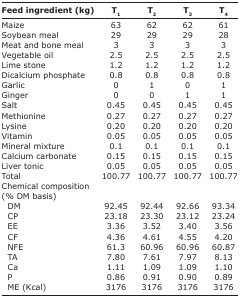
<table><thead><tr><td><b>Feed ingredient (kg)</b></td><td><b>T<sub>1</sub></b></td><td><b>T<sub>2</sub></b></td><td><b>T<sub>3</sub></b></td><td><b>T<sub>4</sub></b></td></tr></thead><tbody><tr><td>Maize</td><td>63</td><td>62</td><td>62</td><td>61</td></tr><tr><td>Soybean meal</td><td>29</td><td>29</td><td>29</td><td>28</td></tr><tr><td>Meat and bone meal</td><td>3</td><td>3</td><td>3</td><td>3</td></tr><tr><td>Vegetable oil</td><td>2.5</td><td>2.5</td><td>2.5</td><td>2.5</td></tr><tr><td>Lime stone</td><td>1.2</td><td>1.2</td><td>1.2</td><td>1.2</td></tr><tr><td>Dicalcium phosphate</td><td>0.8</td><td>0.8</td><td>0.8</td><td>0.8</td></tr><tr><td>Garlic</td><td>0</td><td>1</td><td>0</td><td>1</td></tr><tr><td>Ginger</td><td>0</td><td>0</td><td>1</td><td>1</td></tr><tr><td>Salt</td><td>0.45</td><td>0.45</td><td>0.45</td><td>0.45</td></tr><tr><td>Methionine</td><td>0.27</td><td>0.27</td><td>0.27</td><td>0.27</td></tr><tr><td>Lysine</td><td>0.20</td><td>0.20</td><td>0.20</td><td>0.20</td></tr><tr><td>Vitamin</td><td>0.05</td><td>0.05</td><td>0.05</td><td>0.05</td></tr><tr><td>Mineral mixture</td><td>0.1</td><td>0.1</td><td>0.1</td><td>0.1</td></tr><tr><td>Calcium carbonate</td><td>0.15</td><td>0.15</td><td>0.15</td><td>0.15</td></tr><tr><td>Liver tonic</td><td>0.05</td><td>0.05</td><td>0.05</td><td>0.05</td></tr><tr><td>Total</td><td>100.77</td><td>100.77</td><td>100.77</td><td>100.77</td></tr><tr><td>Chemical composition (% DM basis)</td><td></td><td></td><td></td><td></td></tr><tr><td> DM</td><td>92.45</td><td>92.44</td><td>92.66</td><td>93.34</td></tr><tr><td> CP</td><td>23.18</td><td>23.30</td><td>23.12</td><td>23.24</td></tr><tr><td> EE</td><td>3.36</td><td>3.52</td><td>3.40</td><td>3.56</td></tr><tr><td> CF</td><td>4.36</td><td>4.61</td><td>4.55</td><td>4.20</td></tr><tr><td> NFE</td><td>61.3</td><td>60.96</td><td>60.96</td><td>60.87</td></tr><tr><td> TA</td><td>7.80</td><td>7.61</td><td>7.97</td><td>8.13</td></tr><tr><td> Ca</td><td>1.11</td><td>1.09</td><td>1.09</td><td>1.10</td></tr><tr><td> P</td><td>0.86</td><td>0.91</td><td>0.90</td><td>0.89</td></tr><tr><td> ME (Kcal)</td><td>3176</td><td>3176</td><td>3176</td><td>3176</td></tr></tbody></table>